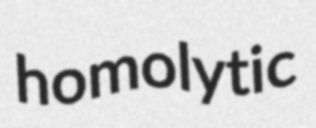
homolytic